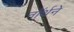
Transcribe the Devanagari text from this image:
नॉर्थने